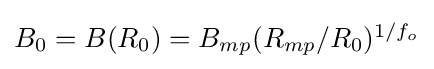
{\textstyle B_{0}=B(R_{0})=B_{mp}(R_{mp}/R_{0})^{1/f_{o}}}